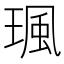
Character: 𤧑